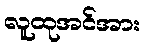
လူထုအင်အား